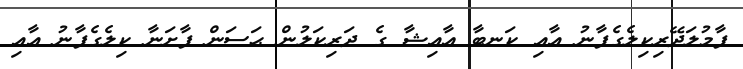
ފާމުލަދޭރިކިލެގެފާނު އާއި ކަނބާ ޢާއިޝާ ގެ ދަރިކަލުން ޙަސަން ފާށަނާ ކިލެގެފާނު އާއި